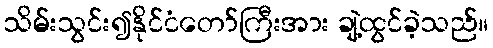
သိမ်းသွင်း၍နိုင်ငံတော်ကြီးအား ချဲ့ထွင်ခဲ့သည်။